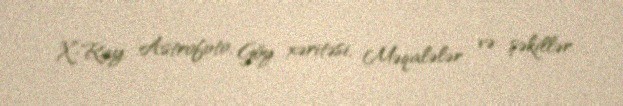
X-Ray, Astrofoto, Göy xəritəsi, Məqalələr və şəkillər.